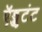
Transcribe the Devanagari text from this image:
ऍड्जुटंट